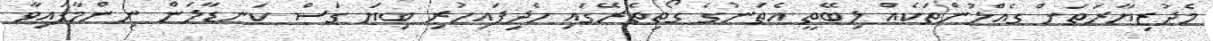
މެދުޒިޔާރަތަށް ގެއްލުންތަކެއް ލިބޭތީ އެތަނުގެ ގޯތިތެރޭގައި ހެދިފައިހުރި ބިޔަ ގަސް ކަނޑާލަން ނިންމާފައިވާ